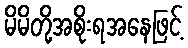
မိမိတို့အစိုးရအနေဖြင့်